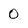
Character: 0